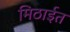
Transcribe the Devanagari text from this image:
मिठाईत